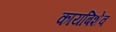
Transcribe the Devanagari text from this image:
कायबिशेव